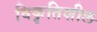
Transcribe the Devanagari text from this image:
विकृतिशील